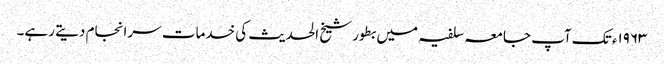
۱۹۶۳ء تک آپ جامعہ سلفیہ میں بطور شیخ الحدیث کی خدمات سرانجام دیتے رہے۔